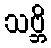
သဗ္ဘိ